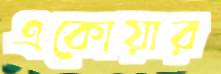
একোয়ার